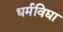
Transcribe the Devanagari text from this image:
धर्मविद्या